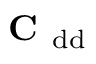
\mathrm { \textbf { C } } _ { \mathrm { d d } }